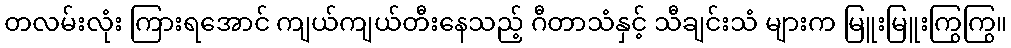
တလမ်းလုံး ကြားရအောင် ကျယ်ကျယ်တီးနေသည့် ဂီတာသံနှင့် သီချင်းသံ များက မြူးမြူးကြွကြွ။